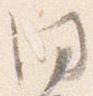
同